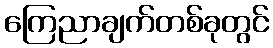
ကြေညာချက်တစ်ခုတွင်